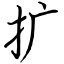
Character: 扩